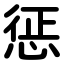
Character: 惩